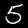
Label: 5